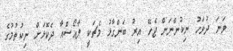
ވަނަ ދުވަހު ނިކުންނަން ޖެހޭ އިރު ބަންގާޅު މެޗަކީ ލާއޯސްއާ ދެކޮޅަށް ނިކުތުމުގެ